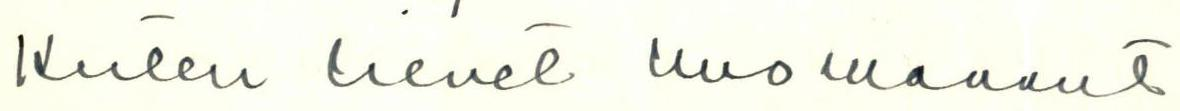
Kuten lienet huomannut